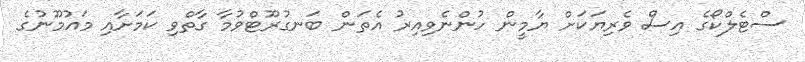
ސްޓެލްކޯގެ އިސް ވެރިޔަކަށް ޔާމީން ހުންނެވިއިރު އެތަން ބަނގުރޫޓްވުމާ ގާތްވި ކަމަށާއި މައުމޫނުގެ